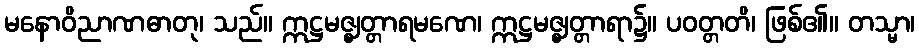
မနောဝိညာဏဓာတု၊ သည်။ ဣဋ္ဌမဇ္ဈတ္တာရမဏေ၊ ဣဋ္ဌမဇ္ဈတ္တာရာ၌။ ပဝတ္တတိ၊ ဖြစ်၏။ တသ္မာ၊